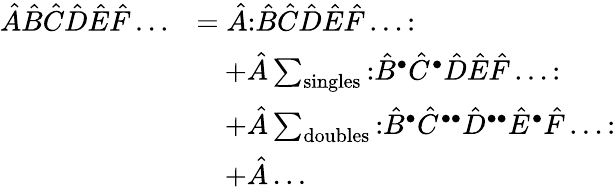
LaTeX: {\begin{array}{rl}{{\hat{A}}{\hat{B}}{\hat{C}}{\hat{D}}{\hat{E}}{\hat{F}}\ldots}&{={\hat{A}}{\mathopen{:}}{\hat{B}}{\hat{C}}{\hat{D}}{\hat{E}}{\hat{F}}\ldots{\mathclose{:}}}\\ &{\quad+{\hat{A}}\sum_{\mathrm{singles}}{\mathopen{:}}{\hat{B}}^{\bullet}{\hat{C}}^{\bullet}{\hat{D}}{\hat{E}}{\hat{F}}\ldots{\mathclose{:}}}\\ &{\quad+{\hat{A}}\sum_{\mathrm{doubles}}{\mathopen{:}}{\hat{B}}^{\bullet}{\hat{C}}^{\bullet\bullet}{\hat{D}}^{\bullet\bullet}{\hat{E}}^{\bullet}{\hat{F}}\ldots{\mathclose{:}}}\\ &{\quad+{\hat{A}}\ldots}\end{array}}